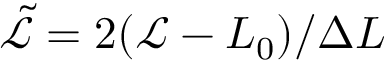
\tilde { \mathcal { L } } = 2 ( \mathcal { L } - L _ { 0 } ) / \Delta L